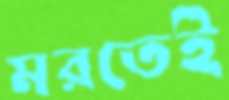
মরতেই